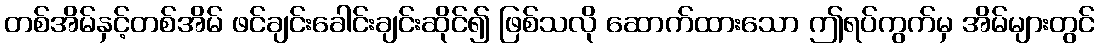
တစ်အိမ်နှင့်တစ်အိမ် ဖင်ချင်းခေါင်းချင်းဆိုင်၍ ဖြစ်သလို ဆောက်ထားသော ဤရပ်ကွက်မှ အိမ်များတွင်